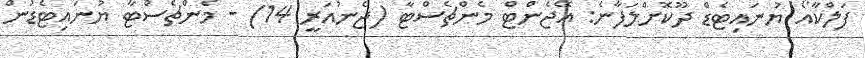
ފަލްކާއޯ ޔުނައިޓެޑް ދޫކޮށްލަފާނެ: އޭޖެންޓް މެންޗެސްޓާ (ޖެނުއަރީ 14) - މެންޗެސްޓާ ޔުނައިޓެޑުން